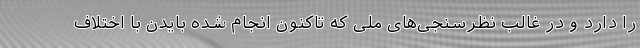
را دارد و در غالب نظرسنجی‌های ملی که تاکنون انجام شده بایدن با اختلاف